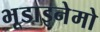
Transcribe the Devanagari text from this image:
भूडाइनेमो